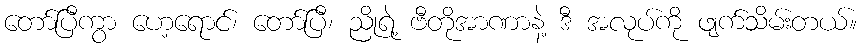
တော်ပြီကွာ ဟေ့ရောင်၊ တော်ပြီ၊ ညိုရဲ့ ဗီတိုအာဏာနဲ့ ဒီ အလုပ်ကို ဖျက်သိမ်းတယ်။